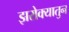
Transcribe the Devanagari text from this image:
झरोक्यातुन